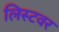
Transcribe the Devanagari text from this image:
लिस्टवर